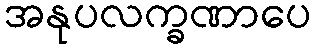
အနုပလက္ခဏာပေ